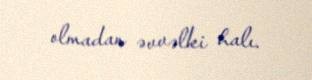
olmadan əvvəlki halı.